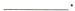
___.